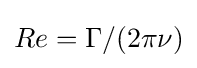
Re=\Gamma /(2\pi \nu )